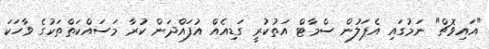
"އައިވޮޗް" ނަމުގައި އެޕަލުން ސްމާޓް އަތުކުރީ ގަޑިއެއް އުފައްދަން ކުރާ މަސައްކަތްތަކުގެ ވާހަކަ